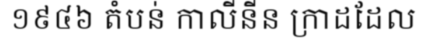
១៩៤៦ តំបន់ កាលីនីន ក្រាដដែល